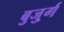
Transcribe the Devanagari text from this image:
बुजु्र्ग